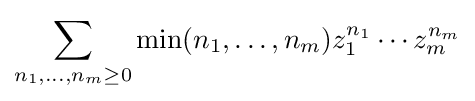
\sum _{n_{1},\ldots ,n_{m}\geq 0}\min(n_{1},\ldots ,n_{m})z_{1}^{n_{1}}\cdots z_{m}^{n_{m}}